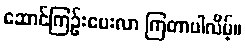
ဆောင်ကြဉ်းပေးလာ ကြတာပါလိမ့်။